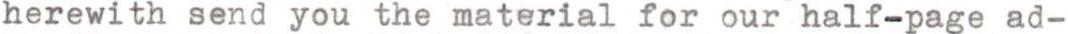
herewith send you the material for our half-page ad-